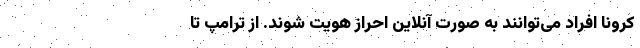
کرونا افراد می‌توانند به صورت آنلاین احراز هویت شوند. از ترامپ تا